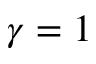
\gamma = 1